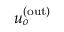
u _ { o } ^ { \mathrm { ( o u t ) } }